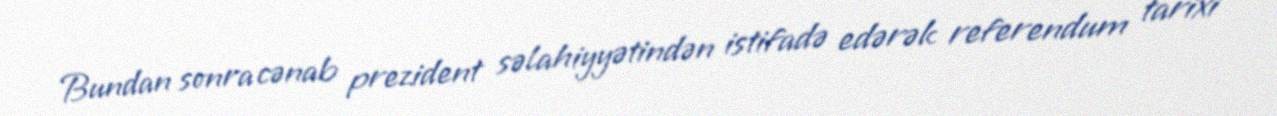
Bundan sonra cənab prezident səlahiyyətindən istifadə edərək referendum tarixi